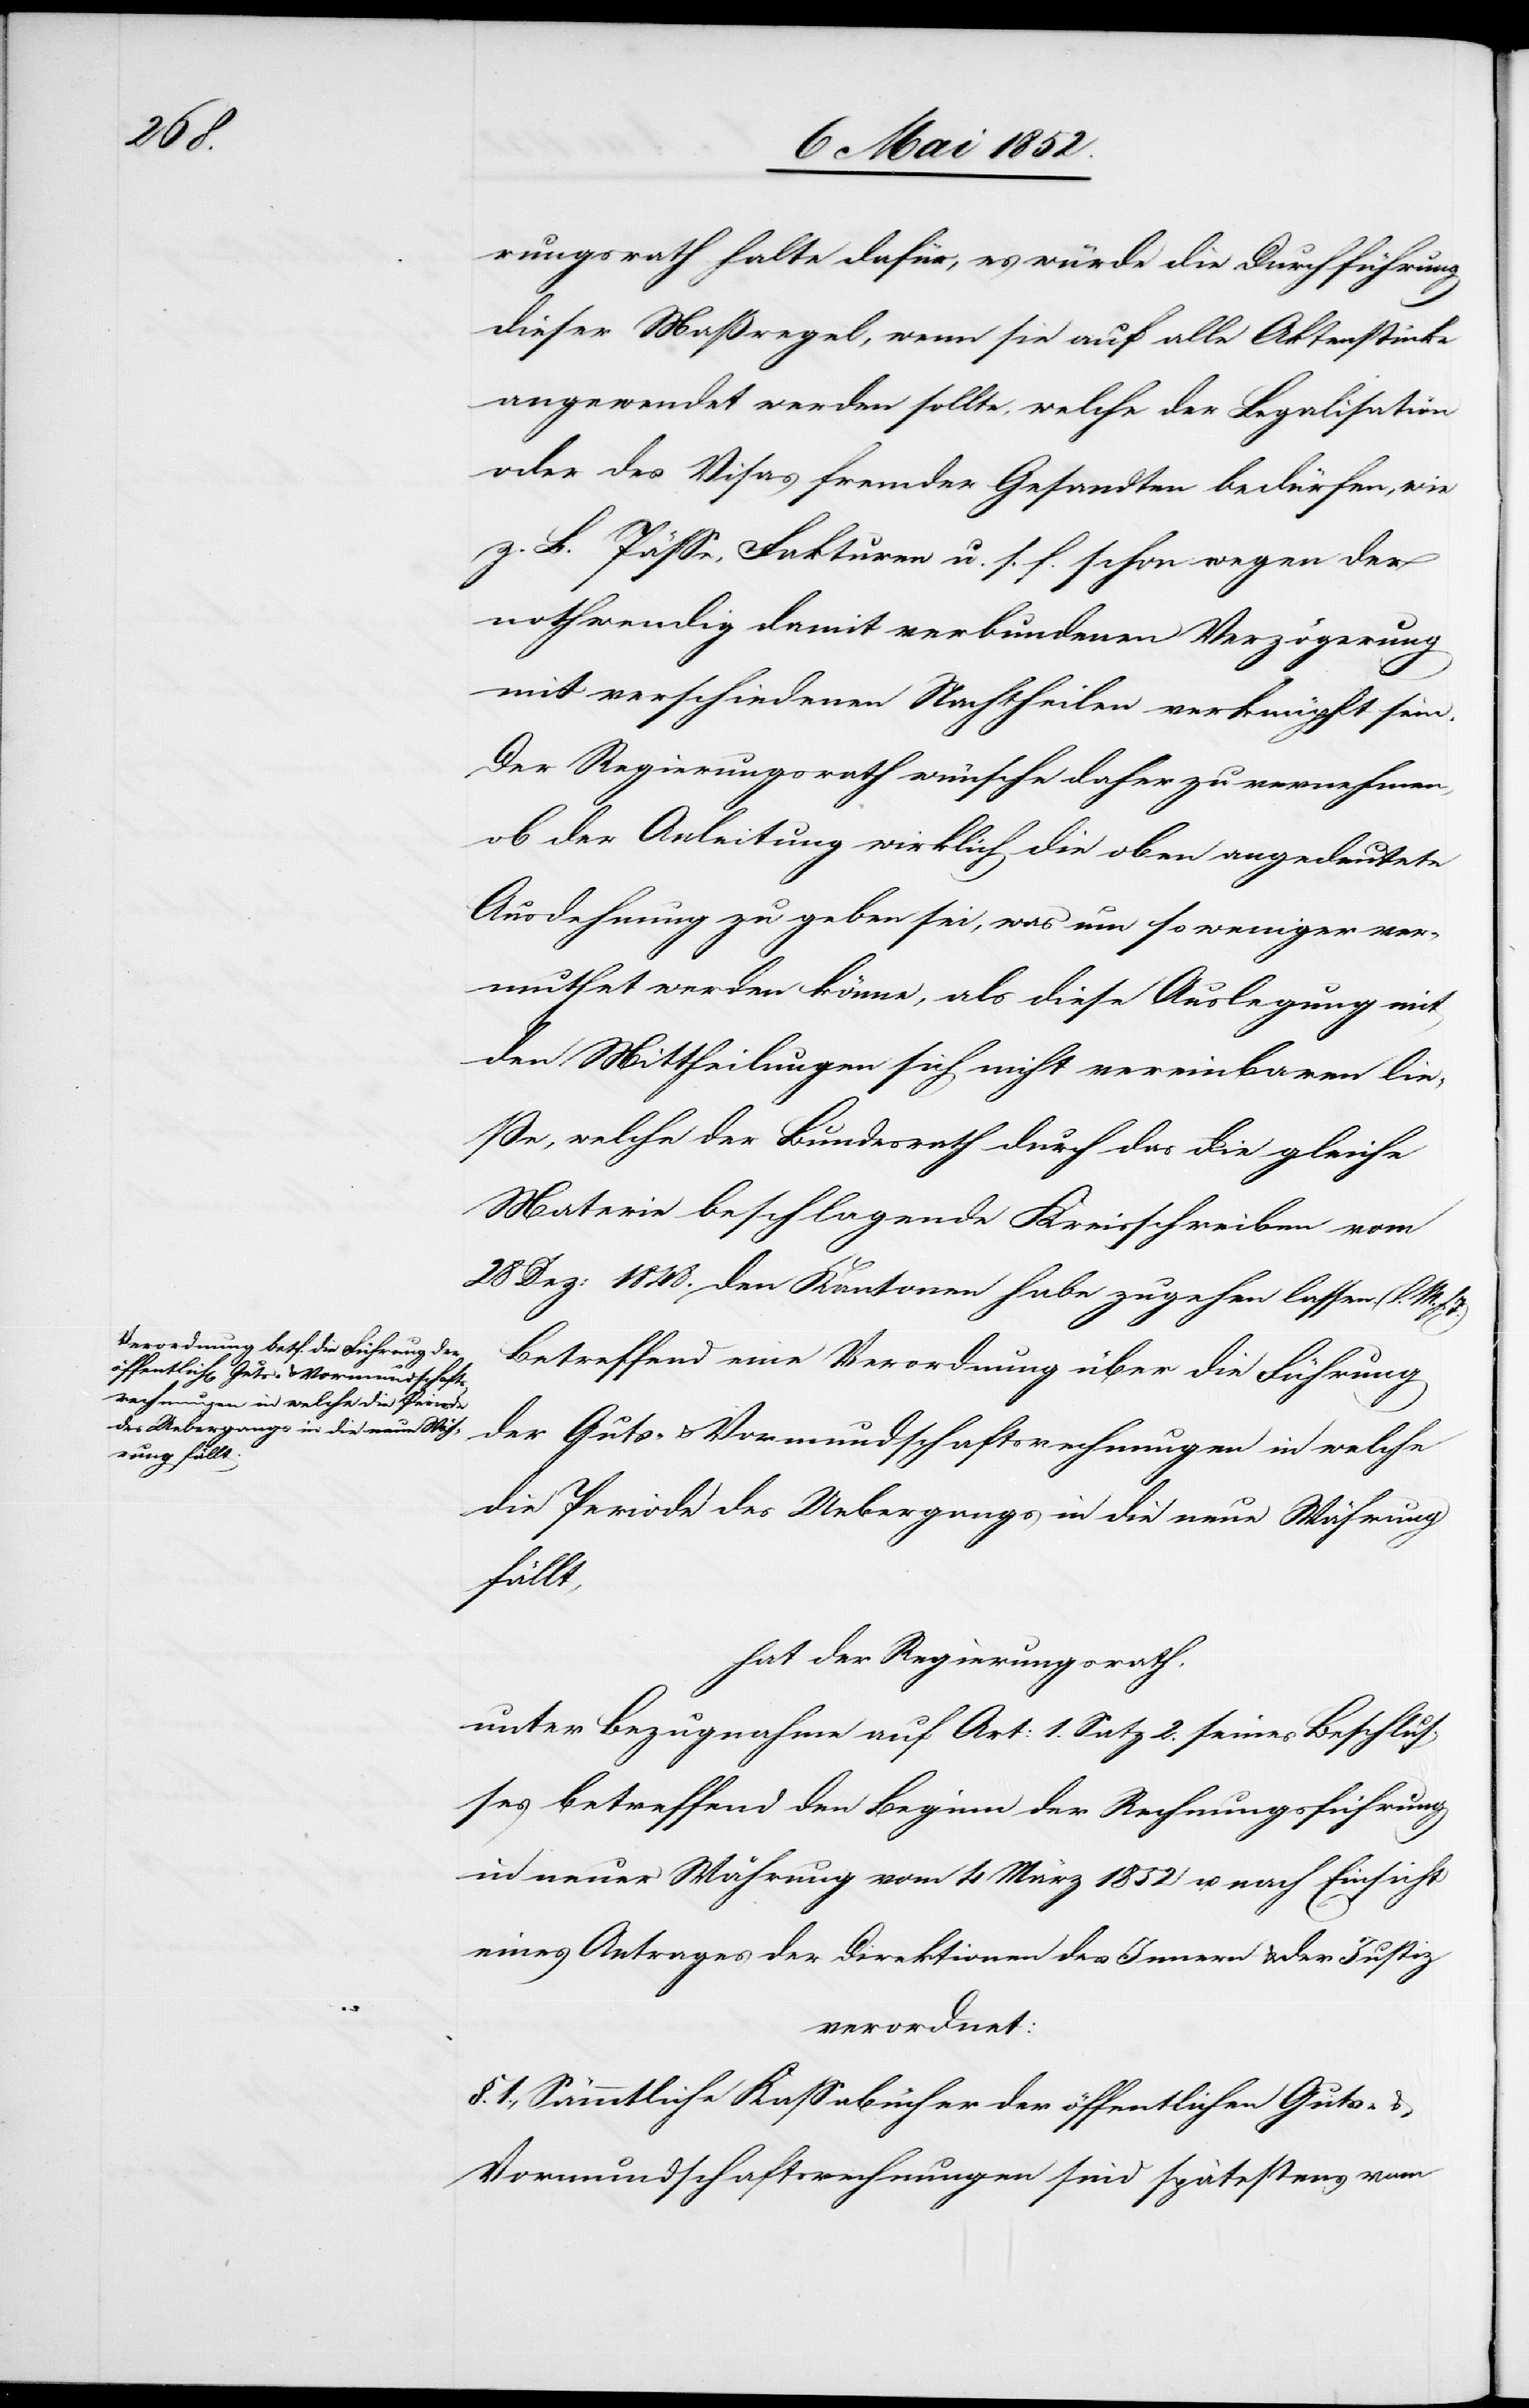
der

rungsrath halte dafür, es würde die Durchführung
dieser Maßregel, wenn sie auf alle Aktenstücke
angewendet werden sollte, welche der Legalisation
oder des Visas fremder Gesandten bedürfen, wie
z. B. Pässe, Fakturen u. s. f. schon wegen der
nothwendig damit verbundenen Verzögerung
mit verschiedenen Nachtheilen verknüpft sein.
Der Regierungsrath wünsche daher zu vernehmen,
ob der Anleitung wirklich die oben angedeutete
Ausdehnung zu geben sei, was um so weniger ver¬
muthet werden könne, als diese Auslegung mit
den Mittheilungen sich nicht vereinbaren lies¬
se, welche der Bundesrath durch das die gleiche
Materie beschlagende Kreisschreiben vom
28 Dez: 1848. den Kantonen habe zugehen lassen (l. M.
Betreffend eine Verordnung über die Führung
die Periode des Uebergangs in die neue Währung
fällt,
hat der Regierungsrath,
unter Bezugnahme auf Art: 1. Satz 2. seines Beschlus¬
ses betreffend den Beginn der Rechnungsführung
in neuer Währung vom 4 März 1852 u. nach Einsicht
eines Antrages der Direktionen des Innern & der Justiz
verordnet:
§. 1., Sämmtliche Kassabücher der öffentlichen Guts-
Vormundschaftsrechnungen sind spätestens vom